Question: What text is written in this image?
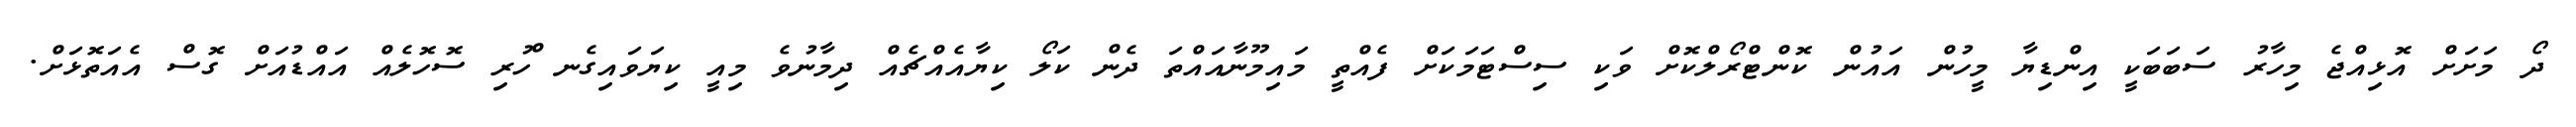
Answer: ދޯ މަށަށް އޮޅިއްޖެ މިހާރު ސަބަބަކީ އިންޑިޔާ މީހުން އައުން ކޮންޓްރޯލްކޮށް ވަކި ސިސްޓަމަކަށް ފެއްތީ މައިމޫނާއައްތަ ދެން ކަލޯ ކިޔާއެއްޗެއް ދިމާނުވެ މިއީ ކިޔަވައިގެނ ްހުރި ސޮހޮލެއް އައްޑުއަށް ގޮސް އެއަތޮޅަށް.